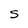
Character: S